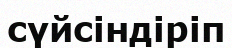
сүйсіндіріп